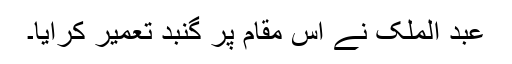
عبد الملک نے اس مقام پر گنبد تعمیر کرایا۔